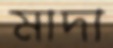
মাদা